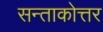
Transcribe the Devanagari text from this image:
सन्ताकोत्तर